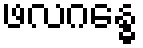
ဖလဂန္ဓေ